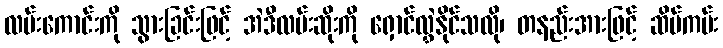
လမ်းကောင်းကို သွားခြင်းဖြင့် အဲဒီလမ်းဆိုးကို ရှောင်လွှဲနိုင်သလို၊ တနည်းအားဖြင့် ဆိပ်ကမ်း